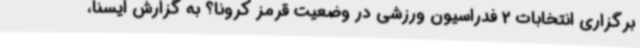
برگزاری انتخابات 2 فدراسیون ورزشی در وضعیت قرمز کرونا؟ به گزارش ایسنا،